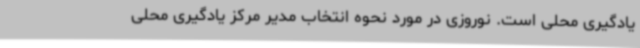
یادگیری محلی است. نوروزی در مورد نحوه انتخاب مدیر مرکز یادگیری محلی